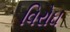
વિરોઘ